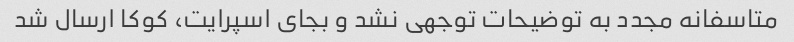
متاسفانه مجدد به توضیحات توجهی نشد و بجای اسپرایت، کوکا ارسال شد